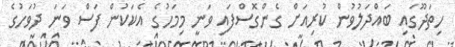
ހިތަދޫގައި ބައްދަލުވުން ކުރިއަށް ގެންގޮސްފައި ވަނީ މިމަހުގެ އެކަކުން ފަސް ވަނަ ދުވަހުގެ